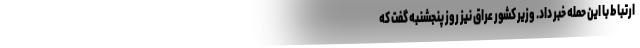
ارتباط با این حمله خبر داد. وزیر کشور عراق نیز روز پنجشنبه گفت که